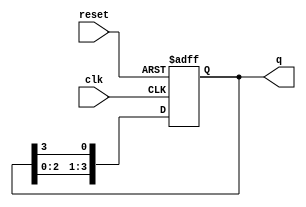
module bistable_ring_counter (
    input wire clk,           // Clock input
    input wire reset,         // Reset input
    output reg [N-1:0] q      // Output state of the counter
);
    parameter N = 4;          // Number of flip-flops (adjust as needed)

    // Initial state
    initial begin
        q = 1; // Initialize the first flip-flop to 1, others to 0
    end

    always @(posedge clk or posedge reset) begin
        if (reset) begin
            q <= 1; // Reset the counter to initial state
        end else begin
            // Shift the bits in the ring counter
            q <= {q[N-2:0], q[N-1]}; // Shift left and wrap around
        end
    end
endmodule